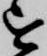
を